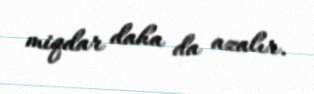
miqdar daha da azalır.